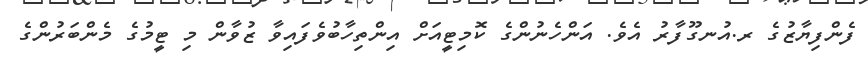
ފެންފިޔާޒުގެ ރ.އުނގޫފާރު އެވެ. އަންހެނުންގެ ކޮމިޓީއަށް އިންތިހާބުވެފައިވާ ޒުވާން މި ޓީމުގެ މެންބަރުންގެ